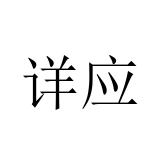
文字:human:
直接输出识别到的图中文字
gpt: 详应